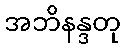
အဘိနန္ဒတု